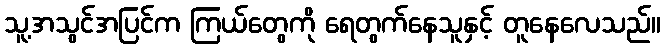
သူ့အသွင်အပြင်က ကြယ်တွေကို ရေတွက်နေသူနှင့် တူနေလေသည်။